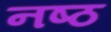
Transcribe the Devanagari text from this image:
नष्ठ